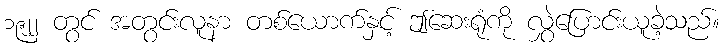
၁၉၂၂ တွင် အတွင်းလူနာ တစ်ယောက်နှင့် ဤဆေးရုံကို လွှဲပြောင်းယူခဲ့သည်။